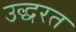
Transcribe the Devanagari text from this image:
उद्धरत